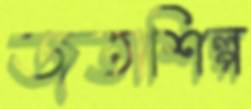
জুতাশিল্প